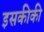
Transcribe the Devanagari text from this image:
इसकीकी